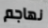
نهاجم